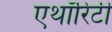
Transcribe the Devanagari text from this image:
एथॉरिटी